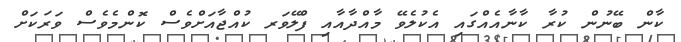
ކާން ބޭނުން ކުރާ ކާނާއެއްގައި އެކުލެވޭ މާއްދާއާއި ފްލޭވަރ ކުއްޖާއަށްވެސް ކޮންމެވެސް ވަރަކަށް